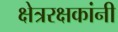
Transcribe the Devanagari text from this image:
क्षेत्ररक्षकांनी